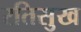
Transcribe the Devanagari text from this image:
रतिसुख